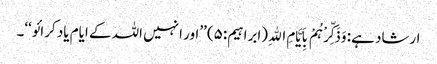
ارشاد ہے: وَذَکِّرْہُمْ بِاَیَّامِ اﷲِ (ابراہیم:۵) ’’اور انہیں اللہ کے ایام یاد کرائو‘‘۔